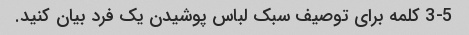
3-5 کلمه برای توصیف سبک لباس پوشیدن یک فرد بیان کنید.